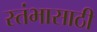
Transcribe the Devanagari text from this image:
स्तंभासाठी